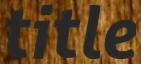
title